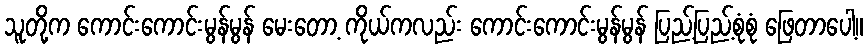
သူတို့က ကောင်းကောင်းမွန်မွန် မေးတော့ ကိုယ်ကလည်း ကောင်းကောင်းမွန်မွန် ပြည့်ပြည့်စုံစုံ ဖြေတာပေါ့။